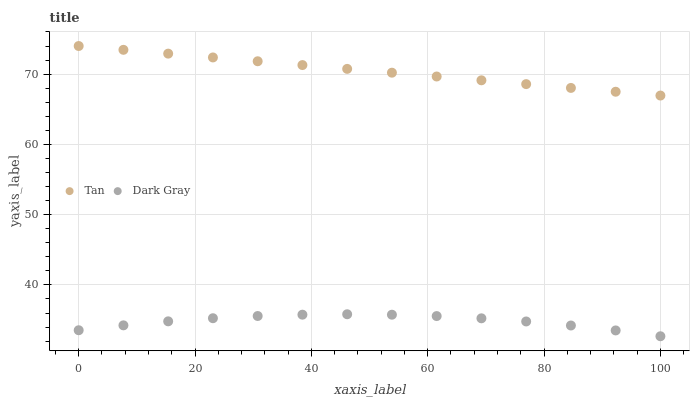
| xaxis_label | Tan | Dark Gray |
 | --- | --- | --- |
 | 0 | 74 | 33.5 |
 | 7.69 | 73.5 | 34.2 |
 | 15.4 | 72.9 | 34.8 |
 | 23.1 | 72.4 | 35.3 |
 | 30.8 | 71.8 | 35.6 |
 | 38.5 | 71.3 | 35.8 |
 | 46.2 | 70.7 | 35.8 |
 | 53.8 | 70.2 | 35.8 |
 | 61.5 | 69.7 | 35.6 |
 | 69.2 | 69.1 | 35.2 |
 | 76.9 | 68.6 | 34.8 |
 | 84.6 | 68 | 34.2 |
 | 92.3 | 67.5 | 33.5 |
 | 100 | 66.9 | 32.7 |